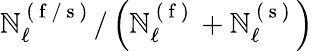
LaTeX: \mathbb{N}_{\ell}^{\mathrm{{~(~f~/~s~)~}}}/\left(\mathbb{N}_{\ell}^{\mathrm{{~(~f~)~}}}+\mathbb{N}_{\ell}^{\mathrm{{~(~s~)~}}}\right)